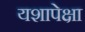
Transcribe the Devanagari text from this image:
यशापेक्षा